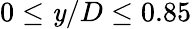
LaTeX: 0\leq\mathit{y}/D\leq0.85